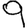
Digit: 9